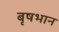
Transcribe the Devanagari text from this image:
बृषभान